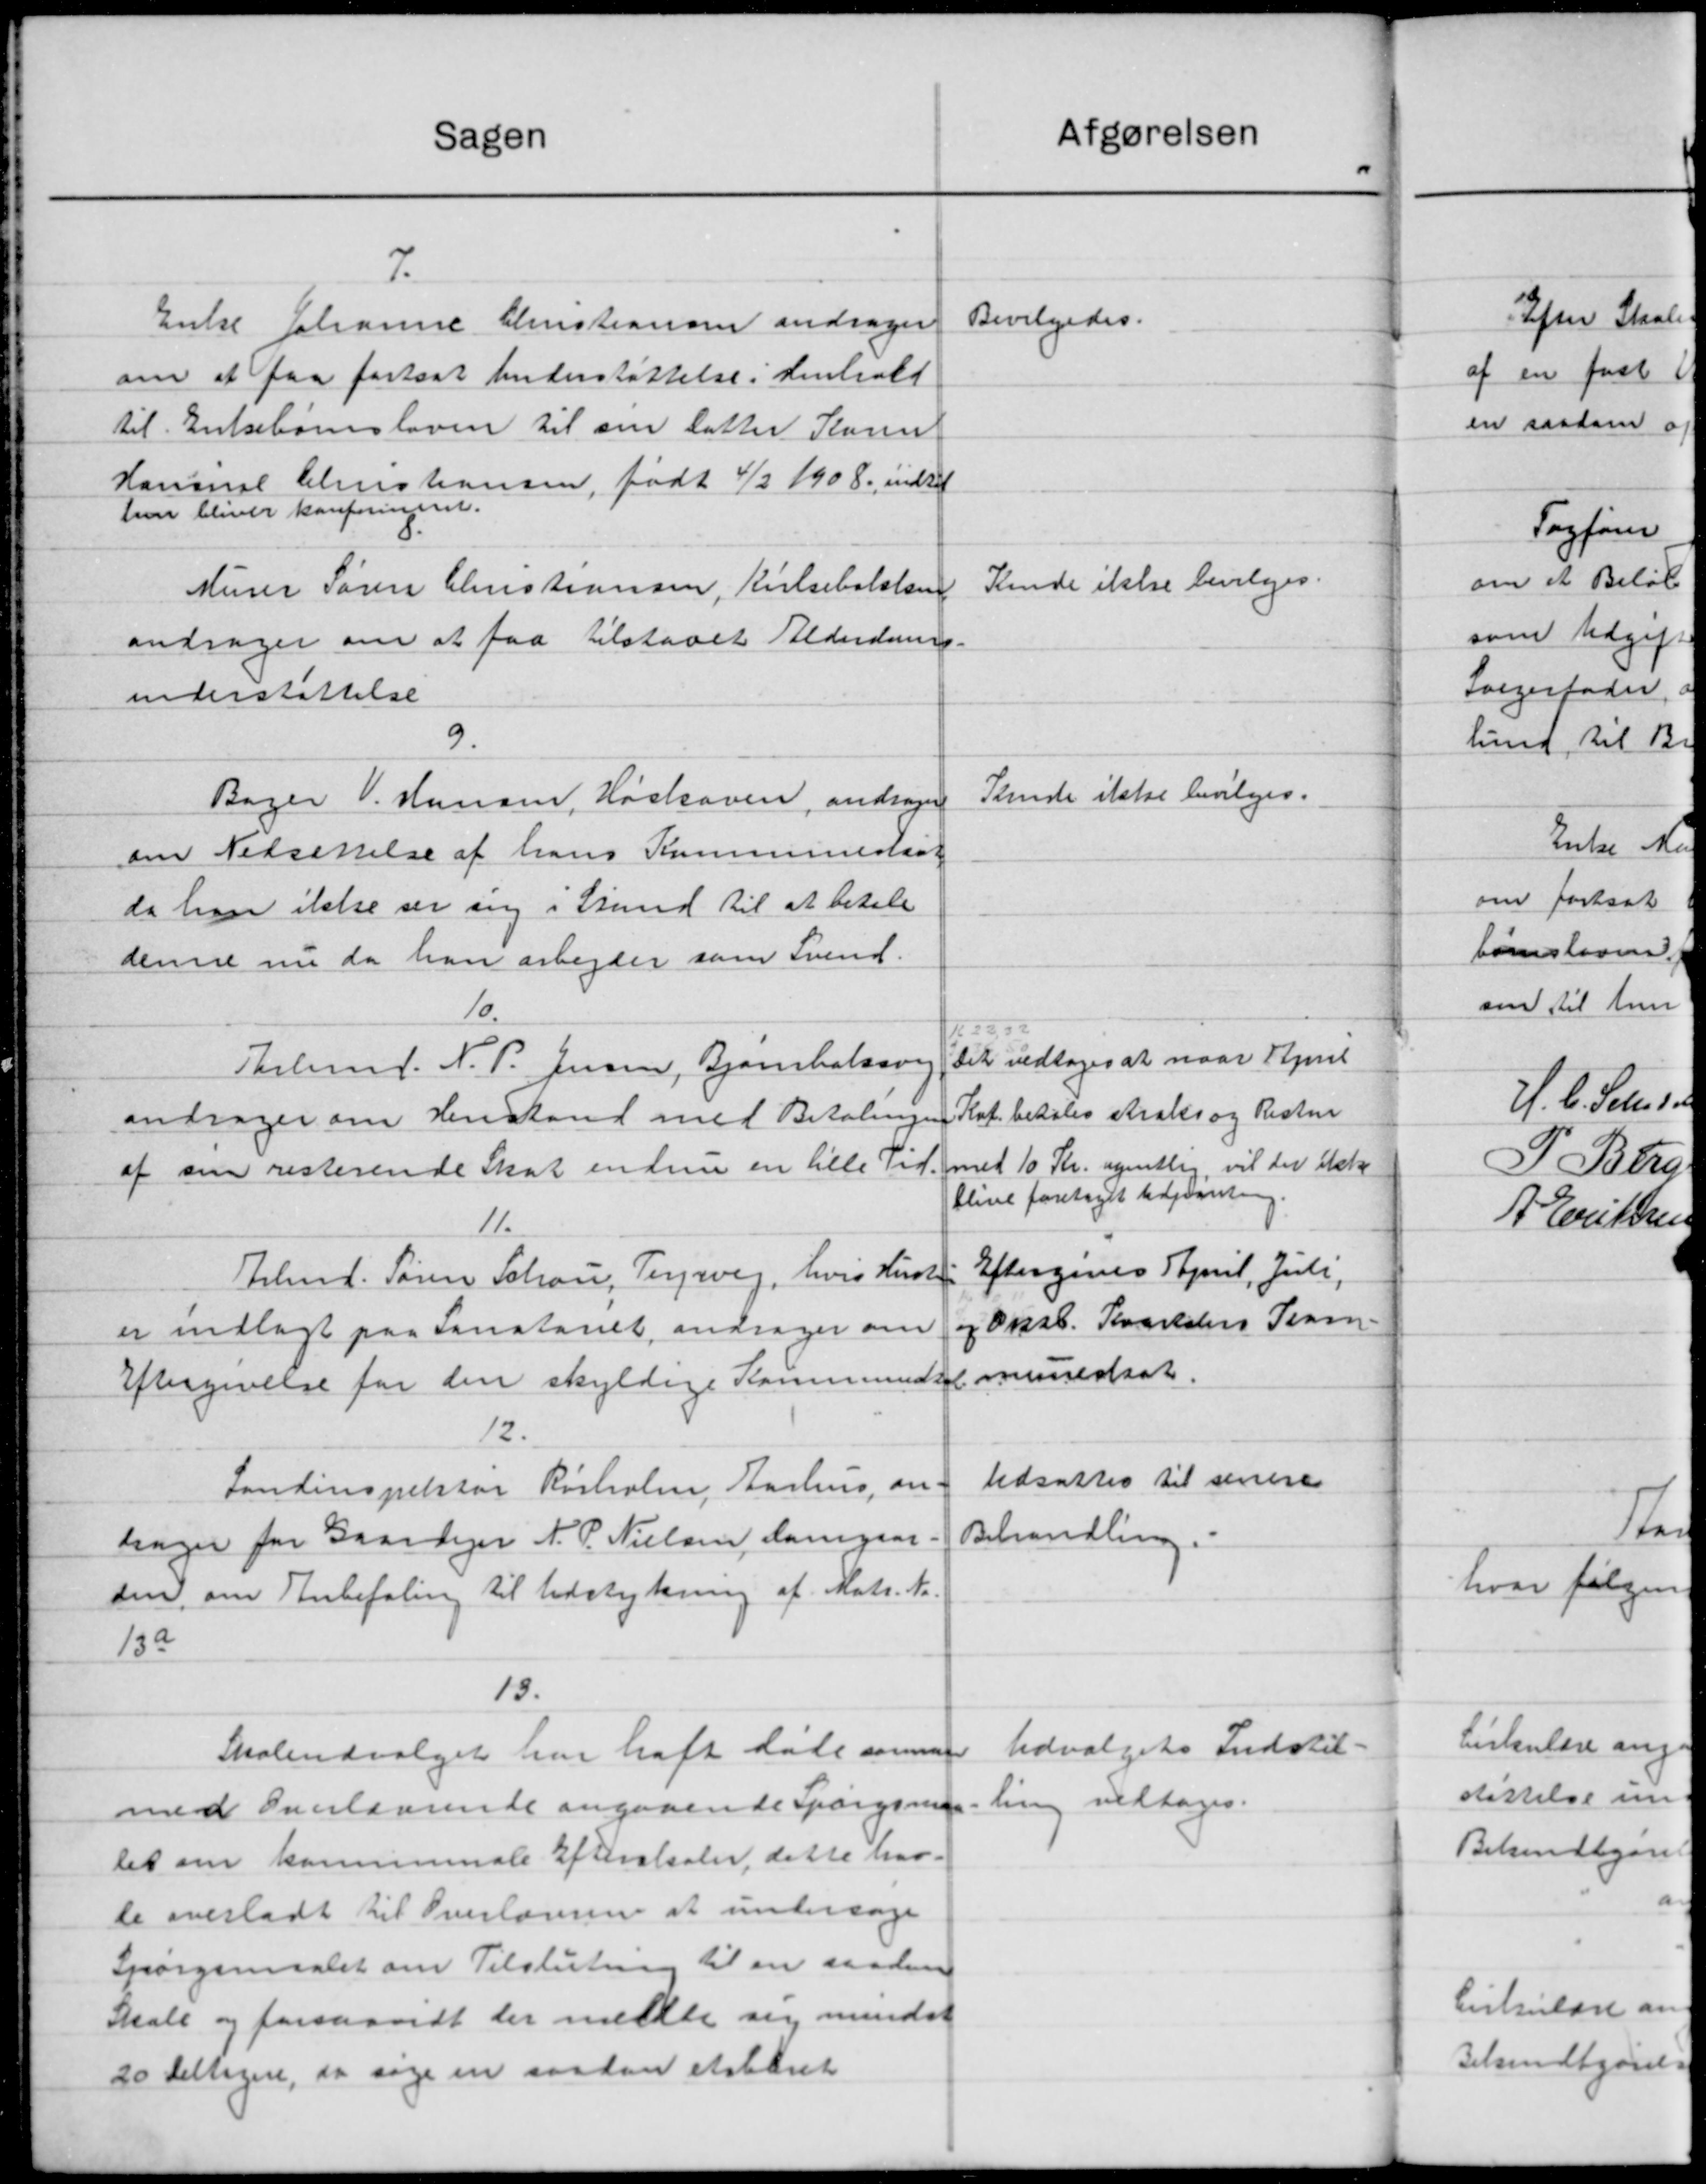
Transskription:
afgørelsen
Sagen
7.
Bevilgedes.
Enke Johanne Christiansen andrager
om at faa fastsat Understøttelse i Henhold
til Enkebørnsloven til sin Datter Karen
Hansel Christiansen, født 4/2 1908. indtil
hon bliver konforingent.
Kende ikke bevilges.
Murer Søren Christiansen, Kirkebollen
andrager om at faa tilstaaet Alderdoms-
understøttelse
9.
Stende ikke bevilges.
Bager V. Hansen, Hørhaven, andrager
om Nedsættelse af hans Kommunesat
da han ikke ser ang i Grund til at betale
denne nu da han arbejder som Svend.
10.
1622,5
Det vedtoges at naar Kjert
Tholsmd. N. P. Jensen, Bjørnholdsvej
Kat betales straks og Resten
andrager om Henstand med Betalingen
med 10 Kr. ugentlig, vil der ikke
af sin resterende Skat endnu en lille Tid.
blive foretaget Udgavning.
11.
Eftergives April, Juli,
Irbmd. Søren Schou, Tersvej, hvis Hustr
og Oksb. Kvartalers Pram-
er indlagt paa Sanatoret andrager om
muestsat.
Eftergivelse for den skyldige Kommunal
12.
Udsattes til senere
Landinspektør Rørholm, Aarhus, an-
Behandling.
sager for Gaardejer N. P. Nielsen, Damgaar.
sen om Anbefaling til Udstykning af Matr. Nr.
13a
13.
Udvalgets Indstil-
Skoleudvalget har haft døde anmod
ling vedtoges.
med Overlærende angaaende Spørgsman
let om kommunale Efterskaber, dette har.
de overladt til Overlærerne at undersøge
Spørgsmaalet om Tilslutning til en saadan
Skole og forsaavidt der meldte sig mindst
20 delligere, da søge en saadan eksberet